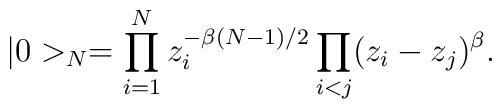
|0>_{N}=\prod_{i=1}^N z_i^{-\beta (N-1)/2}\prod_{i<j} (z_i-z_j)^\beta .